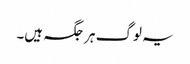
یہ لوگ ہر جگہ ہیں۔